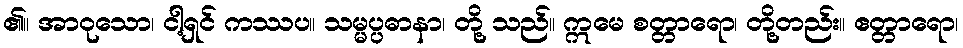
၏။ အာဝုသော၊ ငါ့ရှင် ကဿပ။ သမ္မပ္ပဓာနာ၊ တို့ သည်။ ဣမေ စတ္တာရော၊ တို့တည်း။ ဧတ္တာရော၊